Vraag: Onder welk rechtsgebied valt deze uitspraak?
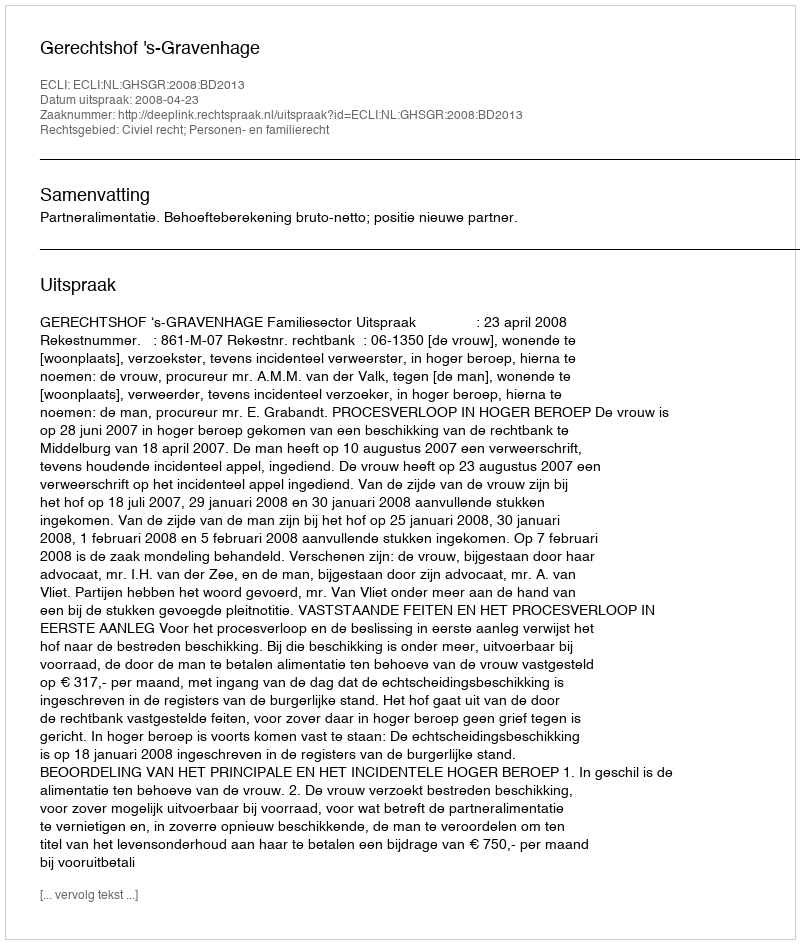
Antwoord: Civiel recht; Personen- en familierecht